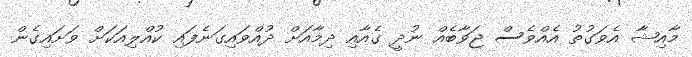
މާއިޝާ އެވަގުތު އެއްވެސް ޖަވާބެއް ނުދީ ގެއާއި ދިމާއަށް ދުއްވައިގަނެފައި ކުއްލިއަކަށް ވަށައިގެން